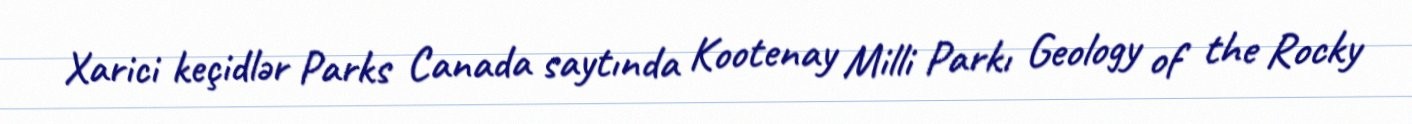
Xarici keçidlər Parks Canada saytında Kootenay Milli Parkı Geology of the Rocky